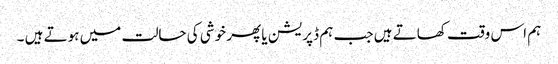
ہم اس وقت کھاتے ہیں جب ہم ڈپریشن یا پھر خوشی کی حالت میں ہوتے ہیں ۔